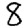
Digit: 8